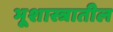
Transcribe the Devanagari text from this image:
भूशास्त्रातील